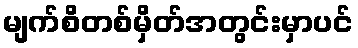
မျက်စိတစ်မှိတ်အတွင်းမှာပင်